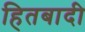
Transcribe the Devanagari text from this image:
हितबादी